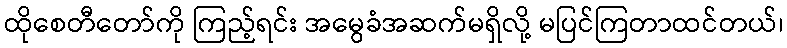
ထိုစေတီတော်ကို ကြည့်ရင်း အမွေခံအဆက်မရှိလို့ မပြင်ကြတာထင်တယ်၊